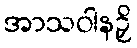
အာသဝါနဉှိ